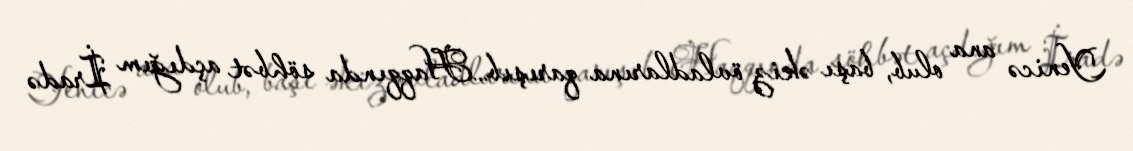
Yenicə ana olub, başı əkiz övladlarına qarışıb…Haqqında söhbət açdığım İradə